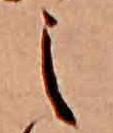
え